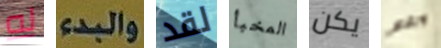
له والبدء لقد المخبأ يكن ورغم